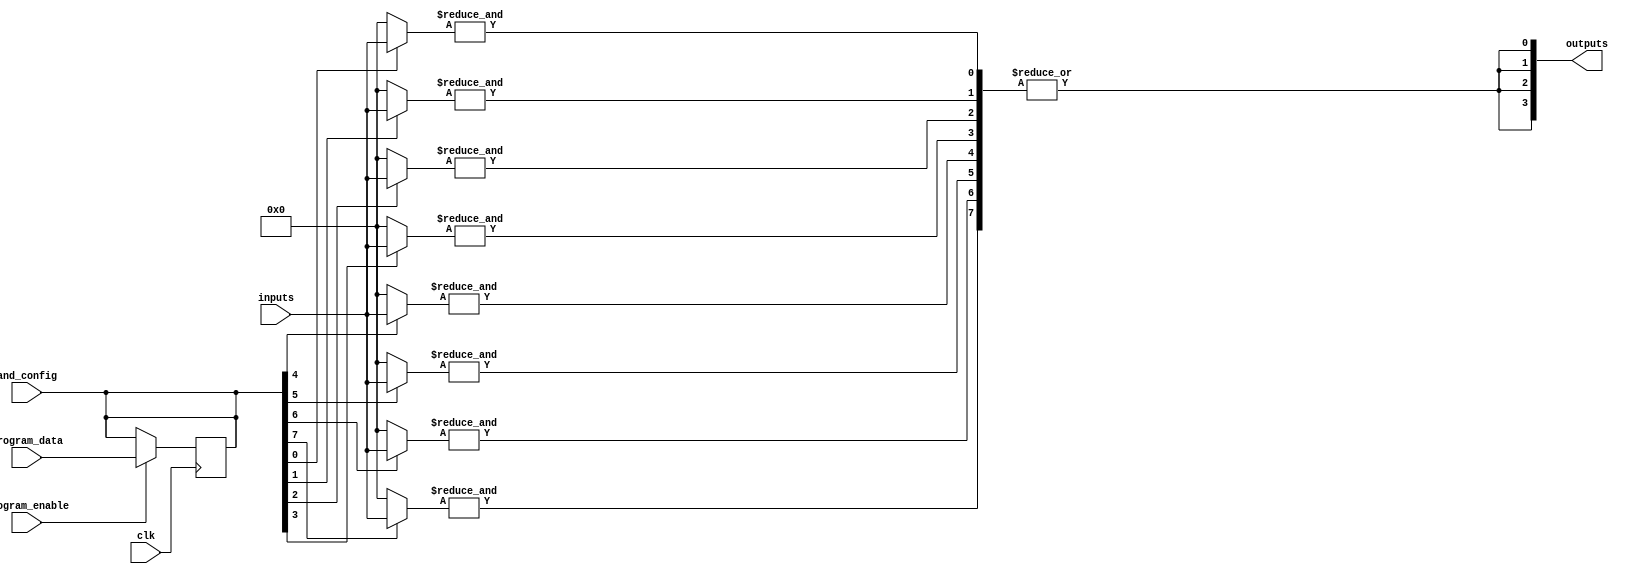
module FlashProgrammablePAL (
    input wire [N-1:0] inputs,      // N input signals
    output wire [M-1:0] outputs,     // M output signals
    input wire [P-1:0] and_config,   // Configuration for AND gates
    input wire clk,                  // Clock signal for control logic
    input wire program_enable,        // Enable programming mode
    input wire [P-1:0] program_data   // Data to program AND gates
);
    parameter N = 8; // Number of inputs
    parameter M = 4; // Number of outputs
    parameter P = 8; // Number of AND gates

    // Programmable AND array
    wire [P-1:0] and_outputs; // Outputs of AND gates

    genvar i, j;
    generate
        for (i = 0; i < P; i = i + 1) begin : and_gate
            wire [N-1:0] and_inputs;
            assign and_inputs = (and_config[i]) ? inputs : {N{1'b0}}; // Select inputs based on configuration
            assign and_outputs[i] = &and_inputs; // AND operation
        end
    endgenerate

    // Fixed OR array
    generate
        for (j = 0; j < M; j = j + 1) begin : or_gate
            assign outputs[j] = |and_outputs; // OR operation on all AND outputs
        end
    endgenerate

    // Control logic for programming the AND gates
    always @(posedge clk) begin
        if (program_enable) begin
            // Logic to program the AND gates based on program_data
            // This would typically involve writing to flash memory
            // For simulation purposes, we will just use the program_data directly
            and_config <= program_data;
        end
    end

endmodule